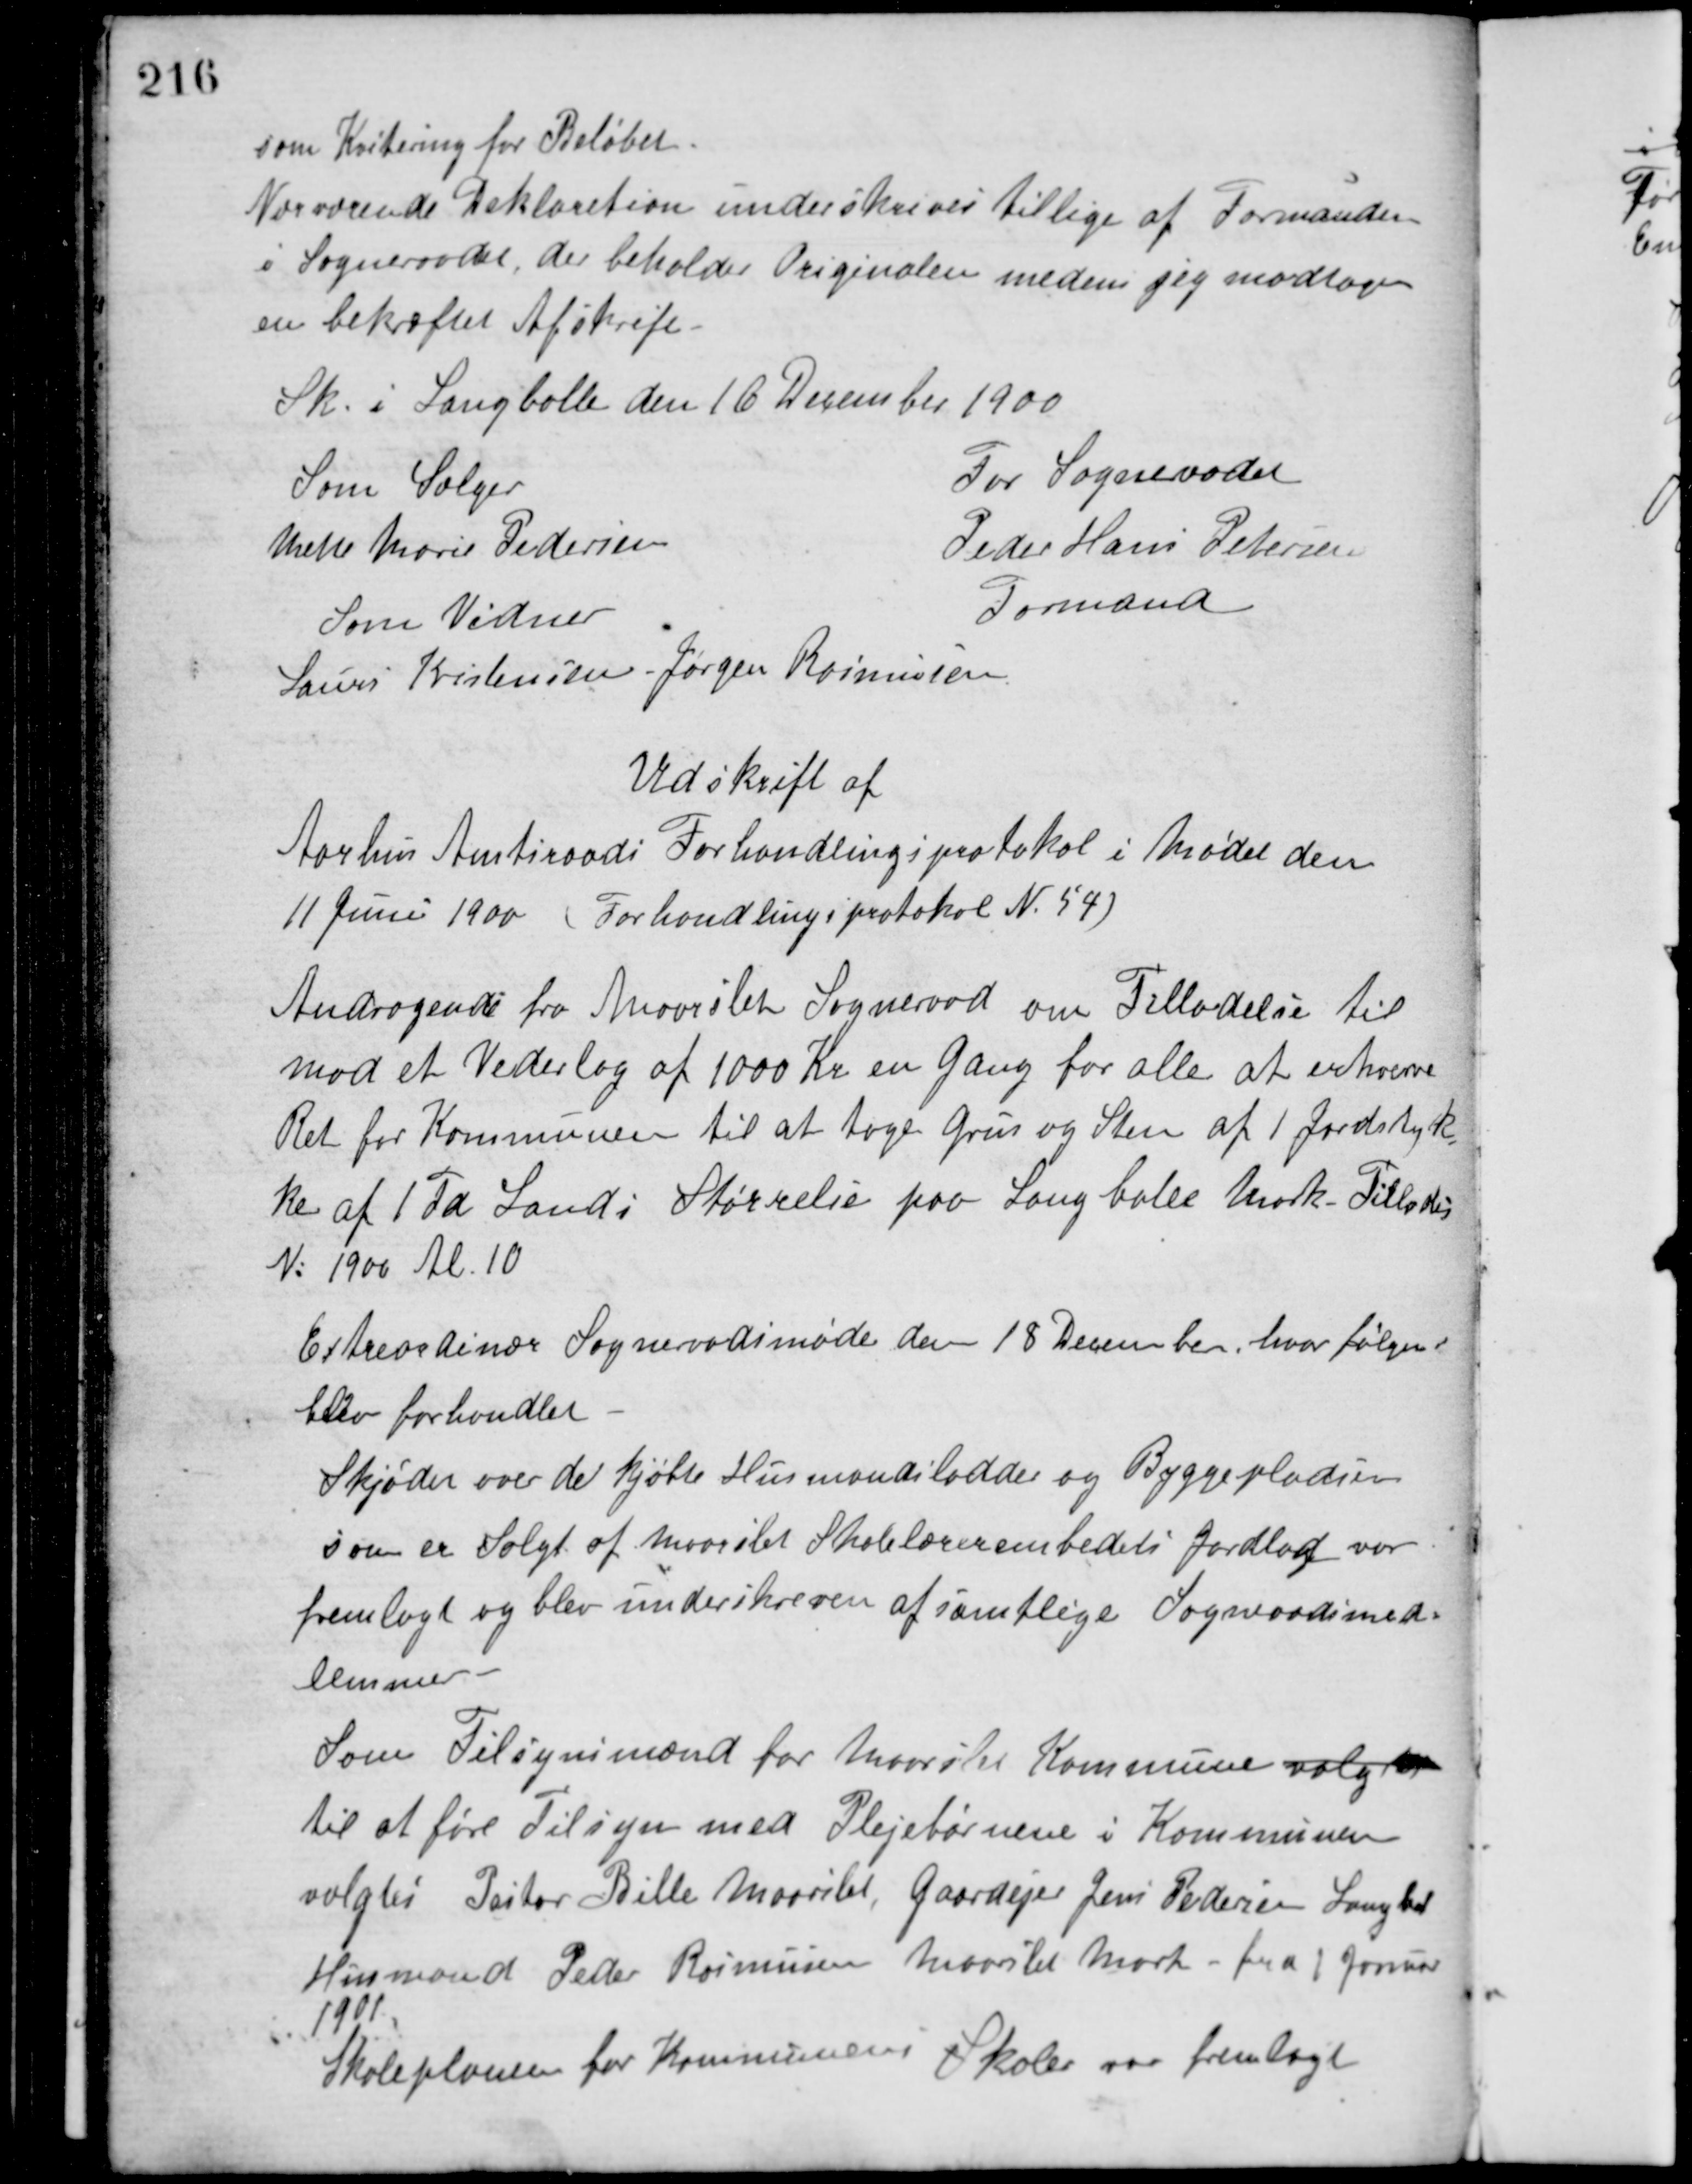
Transskription:
som Kvitering for Beløbet
Nærværende Deklaration underskrives tillige af Formanden
i Sogneraadet, der beholder Originalen medens jeg modtager
en bekræftet Afskrift.
Sk. i Langballe den 16 December 1900
Som Sælger
Mette Marie Pedersen
Som Vidner
Laus Kristensen Jørgen Rasmussen
For Sogneraadet
Peder Hans Petersen
Formand
Udskrift af
Aarhus Amtsraads Forhandlingsprotokol i Mødet den
11 Juni 1900 (Forhandlingsprotokol N. 54)
Andragende fra Maarslet Sogneraad om Tilladelse til
mod et Vederlag af 1000 Kr. en Gang for alle at erhverve
Ret for Kommunen til at tage Grus og Sten af 1 Jordstyk-
ke af 1 Td Land i Størrelse paa Langballe Mark. Tillades
N: 1900 Al. 10
Extraordinær Sogneraadsmøde den 18 December, hvor følgende
blev forhandlet.
Skjøder over de kjøbte Husmandslodder og Byggepladsen
som er Solgt af Maarslet Skolelærerembedets Jordlod var
fremlagt og blev underskreven af samtlige Sognerådsmed-
lemmer.
Som Tilsynsmænd for Maarslet Kommune valgtes
til at føre Tilsyn med Plejebørnene i Kommunen
valgtes Pastor Bille Maarslet, Gaardejer Jens Pedersen Langballe,
Husmand Peter Rasmussen Maarslet Mark fra 1 Januar
1901.
Skoleplanen for Kommunens Skoler var fremlagt